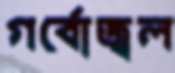
গর্বোজ্বল